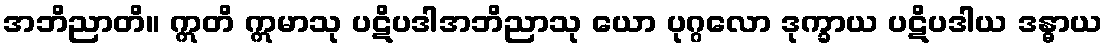
အဘိညာတိ။ ဣတိ ဣမာသု ပဋိပဒါအဘိညာသု ယော ပုဂ္ဂလော ဒုက္ခာယ ပဋိပဒါယ ဒန္ဓာယ